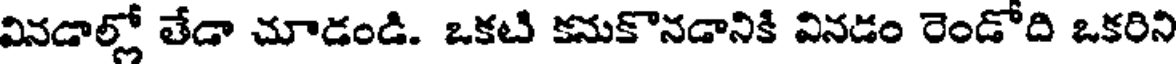
వినడాల్లో తేడా చూడండి. ఒకటి కనుకొనడానికి వినడం రెండోది ఒకరిని